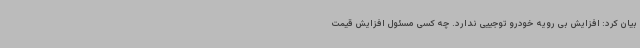
بیان کرد: افزایش بی رویه خودرو توجییی ندارد. چه کسی مسئول افزایش قیمت